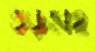
গুড়সহ